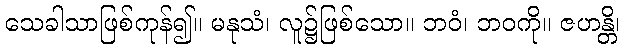
သေခါသာဖြစ်ကုန်၍။ မနုသံ၊ လူ၌ဖြစ်သော။ ဘဝံ၊ ဘဝကို။ ဇဟန္တိ၊